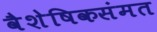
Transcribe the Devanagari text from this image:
वैशेषिकसंमत